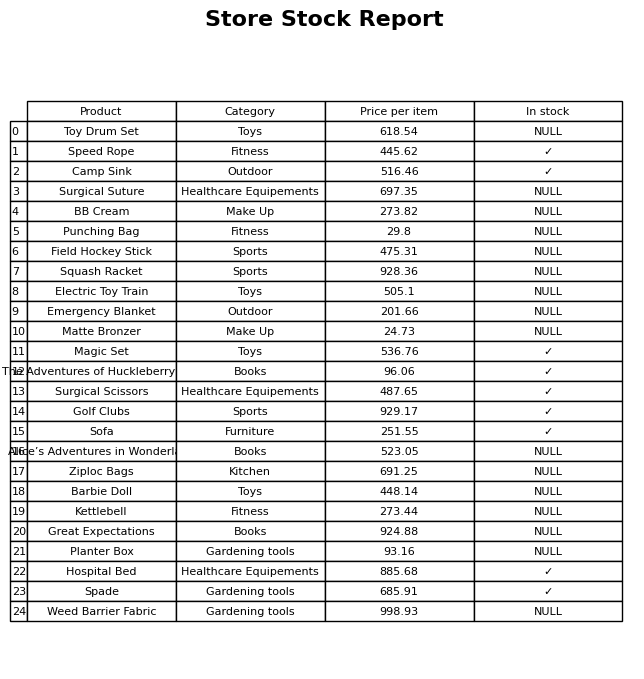
question: What is the price for Hospital Bed?
answer: The price of Hospital Bed is 885.68.